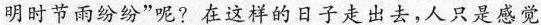
明时节雨纷纷”呢？在这样的日子走出去，人只是感觉